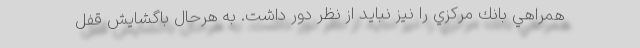
همراهي بانك مركزي را نيز نبايد از نظر دور داشت. به هرحال باگشايش قفل